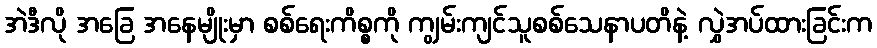
အဲဒီလို အခြေ အနေမျိုးမှာ စစ်ရေးကိစ္စကို ကျွမ်းကျင်သူစစ်သေနာပတိနဲ့ လွှဲအပ်ထားခြင်းက